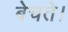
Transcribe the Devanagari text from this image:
बेचते।